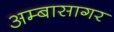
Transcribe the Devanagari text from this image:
अम्बासागर